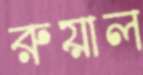
রুয়াল